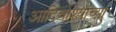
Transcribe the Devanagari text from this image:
आदिवाश्यांच्या